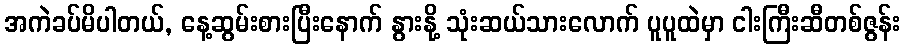
အကဲခပ်မိပါတယ်, နေ့ဆွမ်းစားပြီးနောက် နွားနို့ သုံးဆယ်သားလောက် ပူပူထဲမှာ ငါးကြီးဆီတစ်ဇွန်း